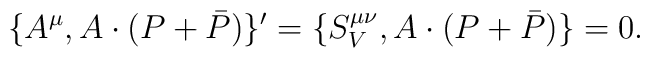
\{A^\mu , A\cdot(P+\bar{P}) \}'=\{S_{V}^{\mu \nu }, A\cdot (P+\bar{P})\}=0.